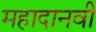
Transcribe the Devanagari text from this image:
महादानवी